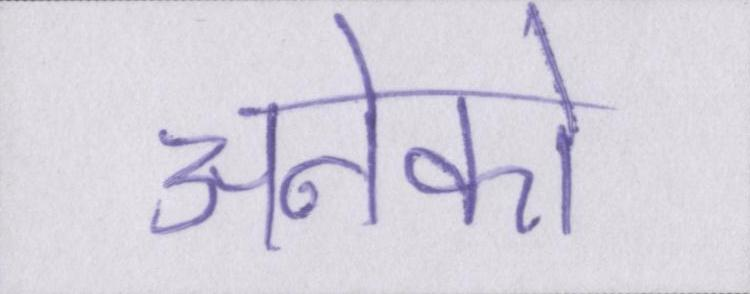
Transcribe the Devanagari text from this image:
अनेको